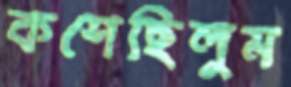
কশেছিলুম